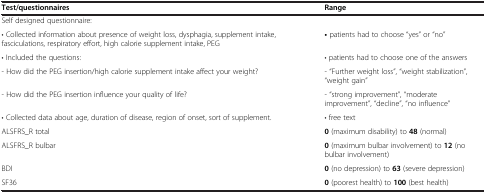
| Test/questionnaires | Range |
 | --- | --- |
 | Self designed questionnaire: |  |
 | • Collected information about presence of weight loss, dysphagia, supplement intake, fasciculations, respiratory effort, high calorie supplement intake, PEG | • patients had to choose “yes” or “no” |
 | • Included the questions: | • patients had to choose one of the answers |
 | - How did the PEG insertion/high calorie supplement intake affect your weight? | - “Further weight loss”, “weight stabilization”, “weight gain” |
 | - How did the PEG insertion influence your quality of life? | - “strong improvement”, “moderate improvement”, “decline”, “no influence” |
 | • Collected data about age, duration of disease, region of onset, sort of supplement. | • free text |
 | ALSFRS_R total | 0 (maximum disability) to 48 (normal) |
 | ALSFRS_R bulbar | 0 (maximum bulbar involvement) to 12 (no bulbar involvement) |
 | BDI | 0 (no depression) to 63 (severe depression) |
 | SF36 | 0 (poorest health) to 100 (best health) |